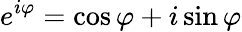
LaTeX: e^{i\varphi}=\cos\varphi+i\sin\varphi